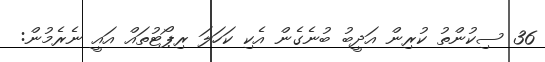
36 ސިކުންތު ކުރިން އަދީބު ބުނެގެން އެކި ކަހަލަ ރިޕޯޓުތައް އައީ ނެރެމުން: